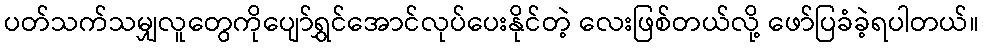
ပတ်သက်သမျှလူတွေကိုပျော်ရွှင်အောင်လုပ်ပေးနိုင်တဲ့ လေးဖြစ်တယ်လို့ ဖော်ပြခံခဲ့ရပါတယ်။